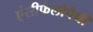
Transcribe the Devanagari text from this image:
एंसीफैलोपैथी